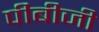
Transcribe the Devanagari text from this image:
पीबीजी